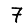
Digit: 7